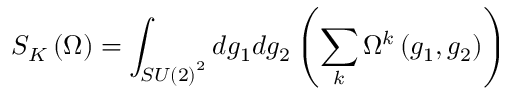
S _ { K } \left( \Omega \right) = \int _ { S U \left( 2 \right) ^ { 2 } } d g _ { 1 } d g _ { 2 } \left( \sum _ { k } \Omega ^ { k } \left( g _ { 1 } , g _ { 2 } \right) \right)